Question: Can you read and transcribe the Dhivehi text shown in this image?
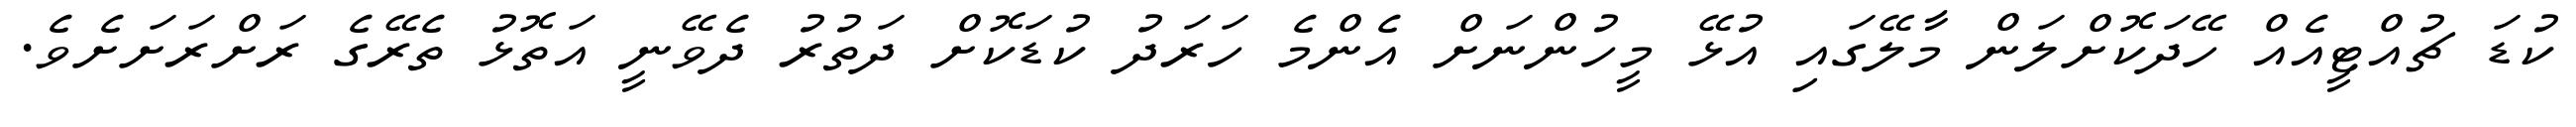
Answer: ކުޑަ ޗުއްޓީއެއް ހޭދަކޮށްލަން މާލޭގައި އުޅޭ މީހުންނަށް އެންމެ ހަރަދު ކުޑަކޮށް ދަތުރު ދެވޭނީ އަތޮޅު ތެރޭގެ ރަށްރަށަށެވެ.